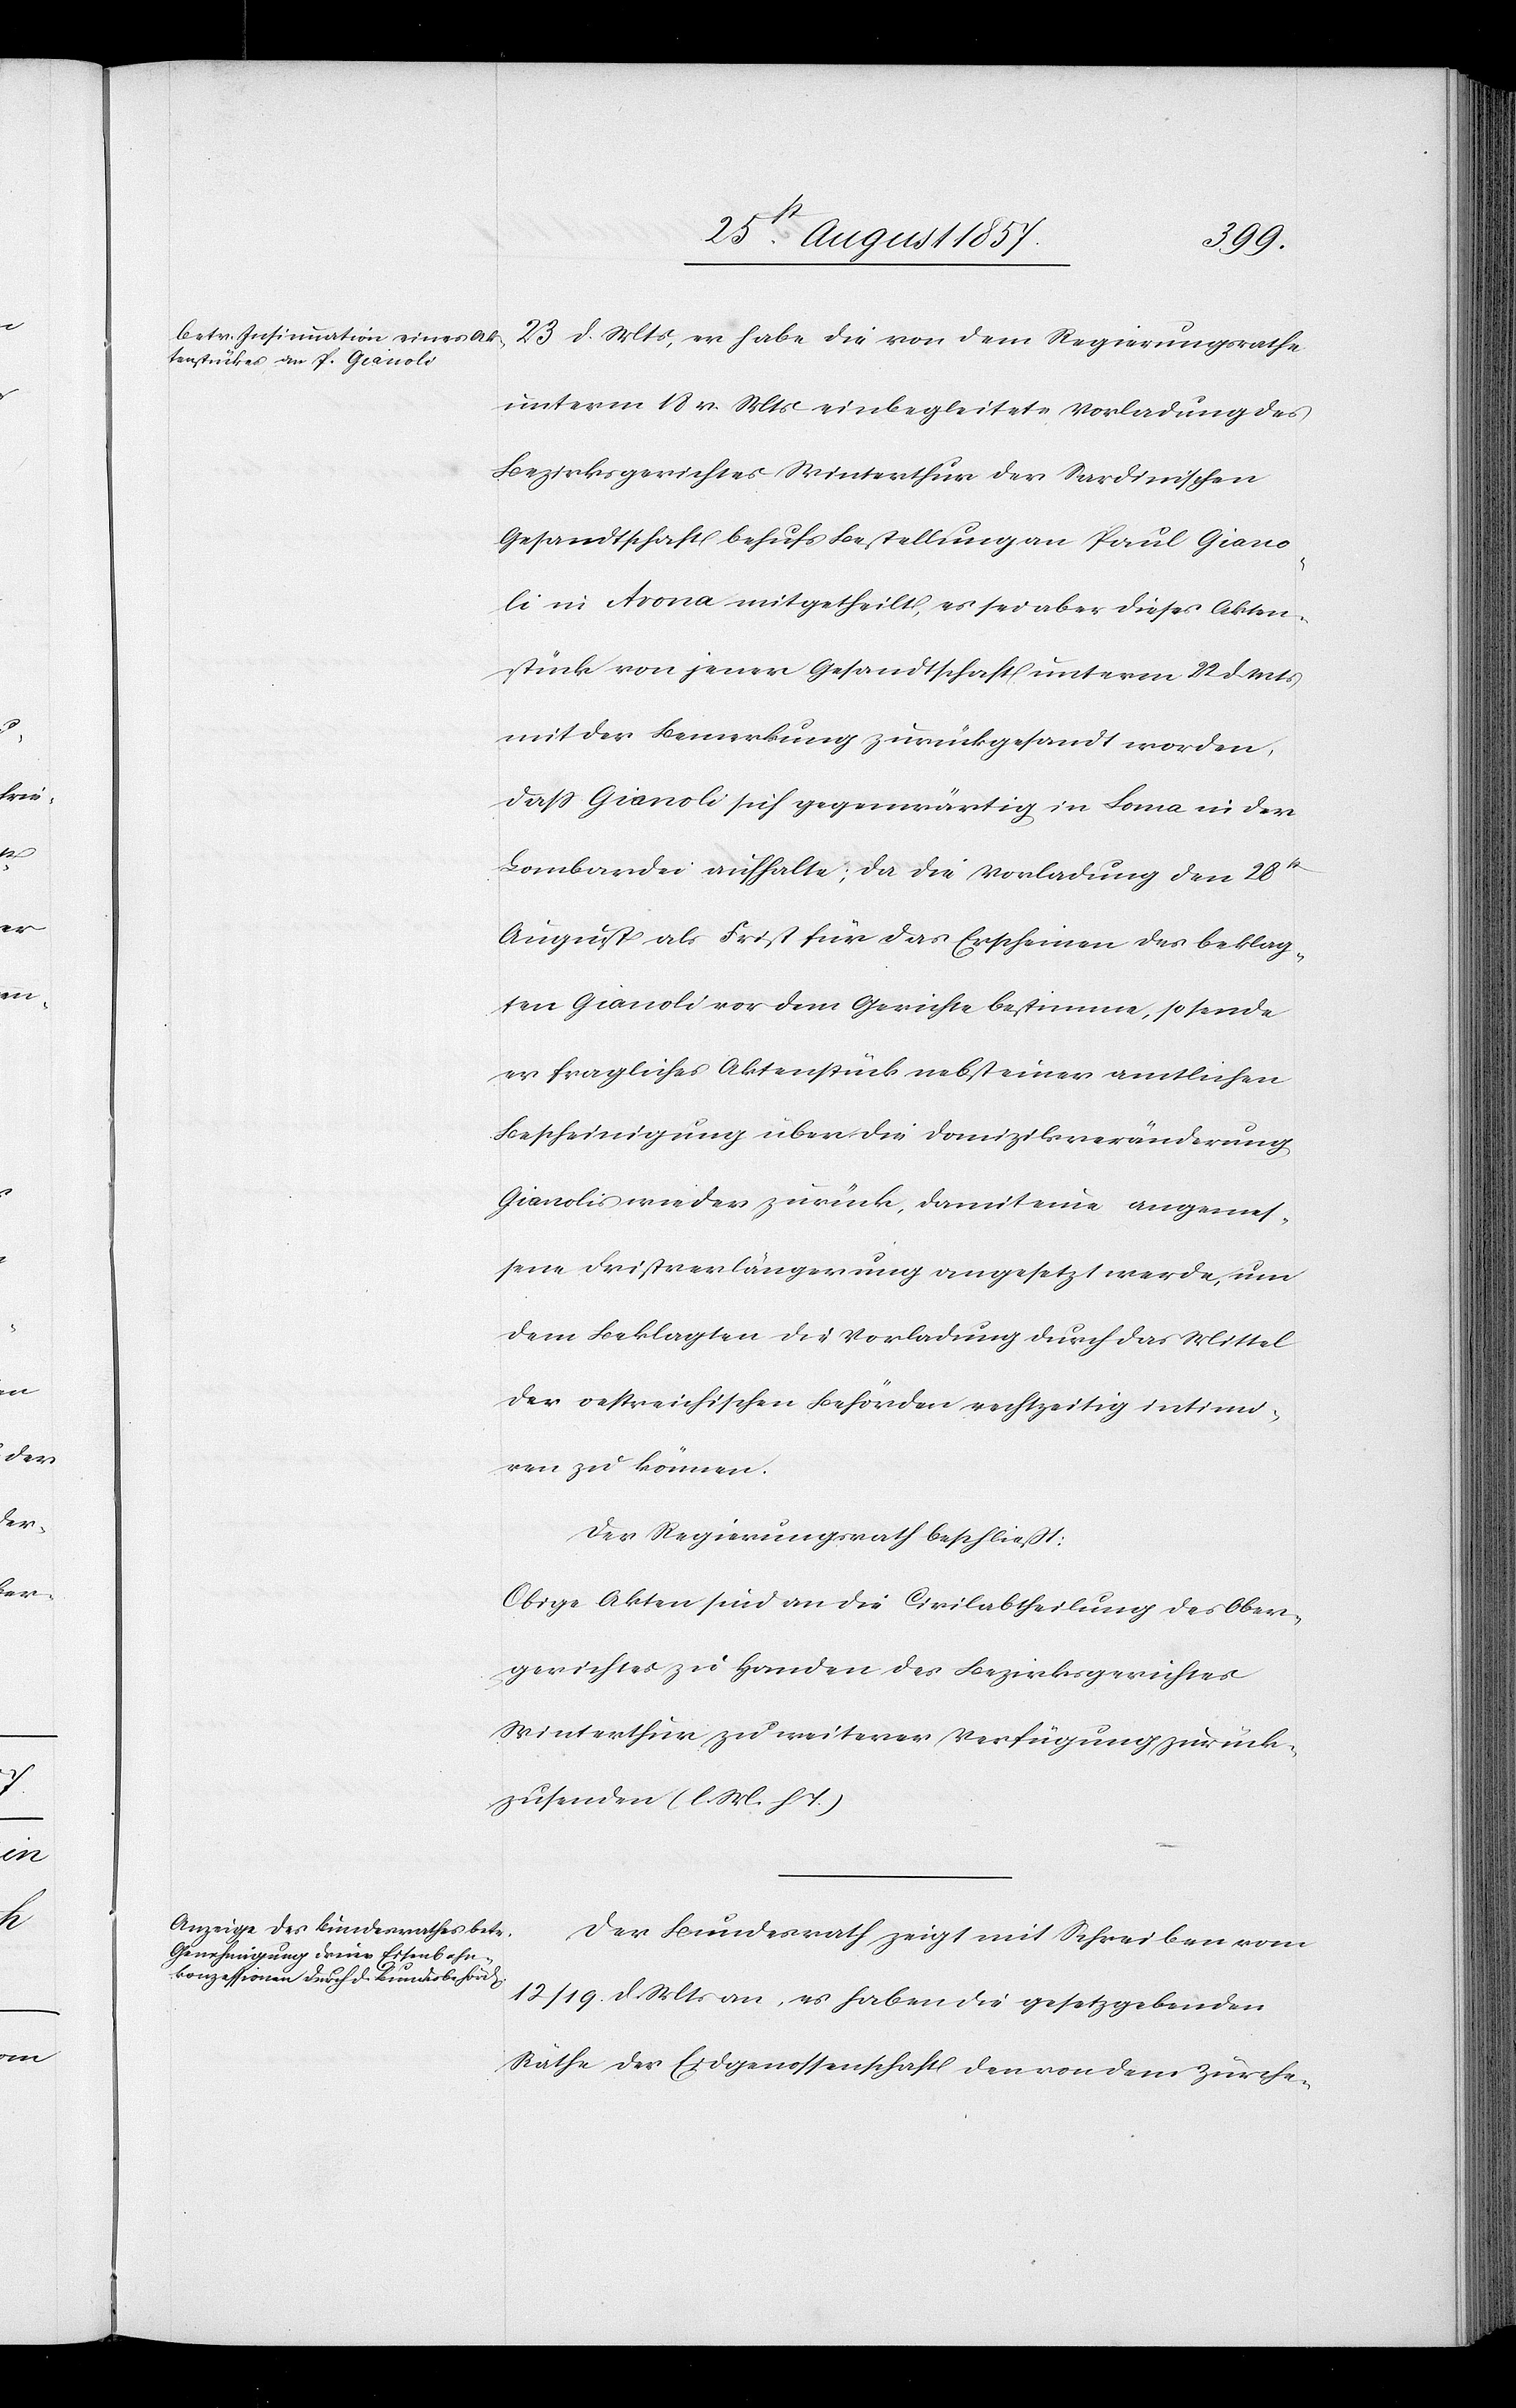
23 d. Mts., er habe die von dem Regierungsrathe
unterm 18v. Mts. einbegleitete Vorladung des
Bezirksgerichtes Winterthur der Sardinischen
Gesandtschaft behufs Bestellung an Paul Giano¬
li in Arona mitgetheilt, es sei aber dieses Akten¬
stück von jener Gesandtschaft unterm 23 d. Mts.
mit der Bemerkung zurückgesandt worden,
daß Gianoli sich gegenwärtig in Loma [sic!] in der
Lombardei aufhalte, da die Vorladung den 28t
August als Frist für das Erscheinen des beklag¬
ten Gianoli vor dem Gerichte bestimme, so sende
er fragliches Aktenstück nebst einer amtlichen
Bescheinigung über die Domizilsveränderung
Gianolis wieder zurück, damit eine angemes¬
sene Fristverlängerung angesetzt werde, um
dem Beklagten die Vorladung durch das Mittel
der oestreichischen Behörden rechtzeitig intimi¬
ren zu können.
Der Regierungsrath beschließt:
Obige Akten sind an die Civilabtheilung des Ober¬
gerichtes zu Handen des Bezirksgerichtes
Winterthur zu weiterer Verfügung zurück¬
zusenden. [l. M. h. T]
Der Bundesrath zeigt mit Schreiben vom
12/19 d. Mts. an, es haben die gesetzgebenden
Räthe der Eidgenossenschaft den von dem zürche-